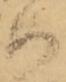
如